Civil Veterinary Dept. Bombay admin report 1923-31 - 1923-1931
Year: 1923
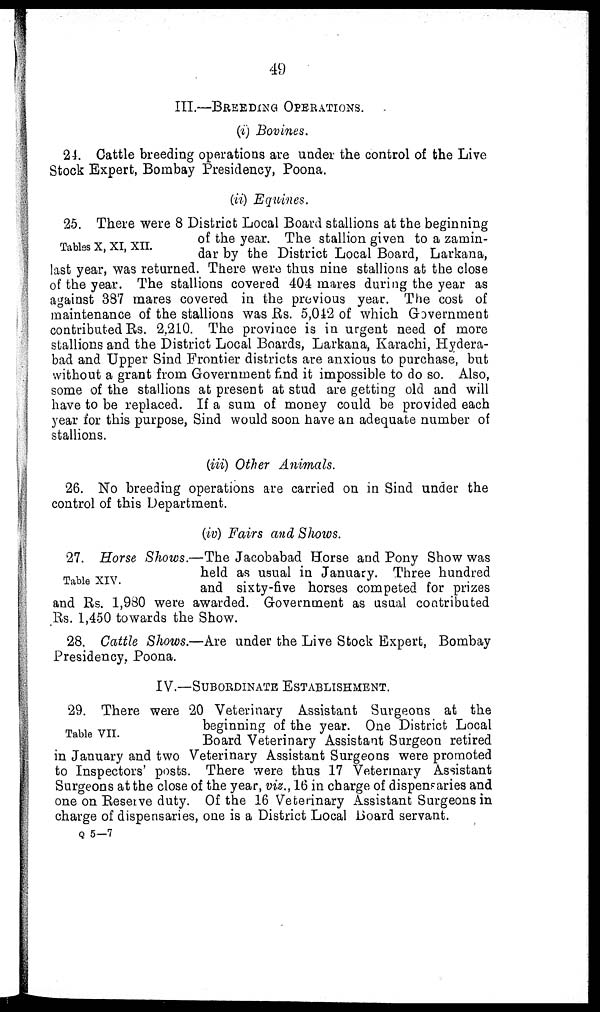
49
III.—BREEDING OPERATION.
(i) Bovines.
24. Cattle breeding operations are under the control of the Live
Stock Expert, Bombay Presidency, Poona.
(ii) Equines.
Tables X, XI, XII.
25. There were 8 District Local Board stallions at the beginning
of the year. The stallion given to a zamin-
dar by the District Local Board, Larkana,
last year, was returned. There were thus nine stallions at the close
of the year. The stallions covered 404 mares during the year as
against 387 mares covered in the previous year. The cost of
maintenance of the stallions was Rs. 5,012 of which Government
contributed Rs. 2,210. The province is in urgent need of more
stallions and the District Local Boards, Larkana, Karachi, Hydera-
bad and Upper Sind Frontier districts are anxious to purchase, but
without a grant from Government find it impossible to do so. Also,
some of the stallions at present at stud are getting old and will
have to be replaced. If a sum of money could be provided each
year for this purpose, Sind would soon have an adequate number of
stallions.
(iii) Other Animals.
26. No breeding operations are carried on in Sind under the
control of this Department.
(iv) Fairs and Shows.
Table XIV.
27. Horse Shows.—The Jacobabad Horse and Pony Show was
held as usual in January. Three hundred
and sixty-five horses competed for prizes
and Rs. 1,980 were awarded. Government as usual contributed
Rs. 1,450 towards the Show.
28. Cattle Shows.—Are under the Live Stock Expert, Bombay
Presidency, Poona.
IV.—SUBORDINATE ESTABLISHMENT.
Table VII.
29. There were 20 Veterinary Assistant Surgeons at the
beginning of the year. One District Local
Board Veterinary Assistant Surgeon retired
in January and two Veterinary Assistant Surgeons were promoted
to Inspectors' posts. There were thus 17 Veterinary Assistant
Surgeons at the close of the year, viz., 16 in charge of dispensaries and
one on Reserve duty. Of the 16 Veterinary Assistant Surgeons in
charge of dispensaries, one is a District Local Board servant.
Q 5—7